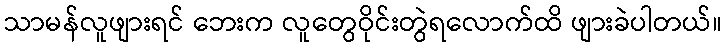
သာမန်လူဖျားရင် ဘေးက လူတွေဝိုင်းတွဲရလောက်ထိ ဖျားခဲပါတယ်။